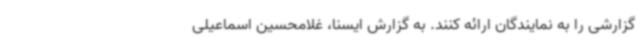
گزارشی را به نمایندگان ارائه کنند. به گزارش ایسنا، غلامحسین اسماعیلی